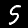
Label: 5